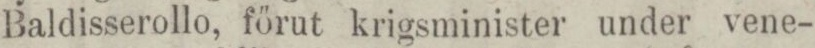
Baldisserollo, förut krigsminister under vene-